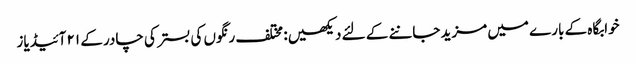
خوابگاہ کے بارے میں مزید جاننے کے لئے دیکھیں: مختلف رنگوں کی بستر کی چادر کے ۲۱ آئیڈیاز